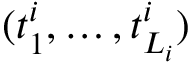
( t _ { 1 } ^ { i } , \dots , t _ { L _ { i } } ^ { i } )